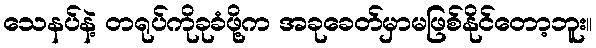
သေနပ်နဲ့ တရုပ်ကိုခုခံဖို့က အခုခေတ်မှာမဖြစ်နိုင်တော့ဘူး။